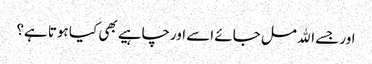
اور جسے الله مل جائے اسے اورچاہیے بھی کیا ہوتا ہے؟